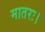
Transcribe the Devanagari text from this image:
मातरः।